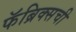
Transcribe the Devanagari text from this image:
फॅब्रिक्सची